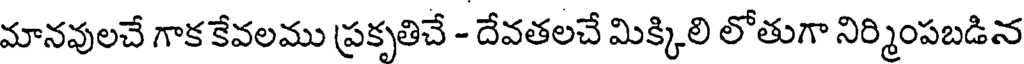
మానవులచే గాక కేవలము ప్రకృతిచే - దేవతలచే మిక్కిలి లోతుగా నిర్మింపబడిన